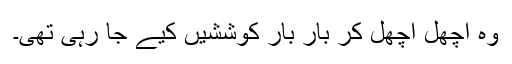
وہ اچھل اچھل کر بار بار کوششیں کیے جا رہی تھی۔